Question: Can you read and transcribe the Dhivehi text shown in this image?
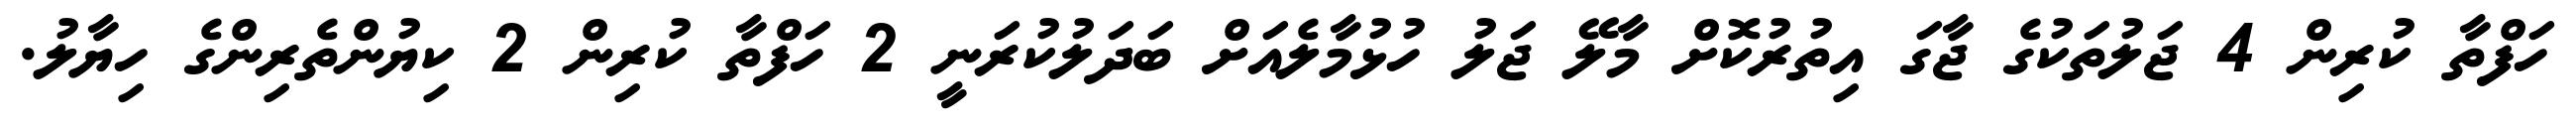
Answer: ހަފްތާ ކުރިން 4 ޖަލުތަކުގެ ޖާގަ އިތުރުކޮށް މާލޭ ޖަލު ހުޅުމާލެއަށް ބަދަލުކުރަނީ 2 ހަފްތާ ކުރިން 2 ކިޔުންތެރިންގެ ހިޔާލު.